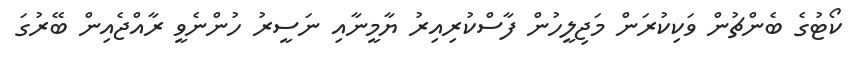
ކޯޓުގެ ބެންޗުން ވަކިކުރަން މަޖިލީހުން ފާސްކުރިއިރު ޔާމީނާއި ނަސީރު ހުންނެވީ ރާއްޖެއިން ބޭރުގަ